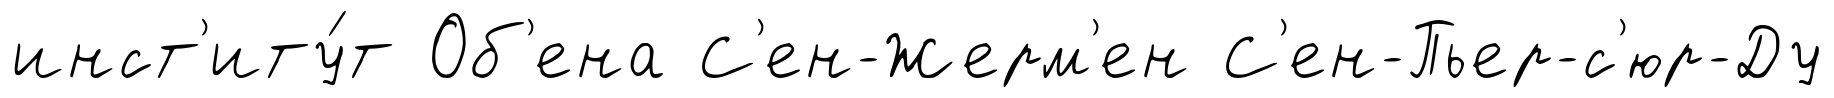
инст'иту́т Об'ена С'ен-Жерм'ен С'ен-Пьер-с'юр-Ду